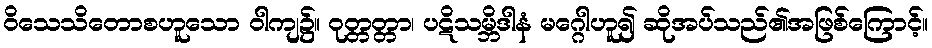
ဝိသေသိတောစဟူသော ဝါကျ၌။ ဝုတ္တတ္တာ၊ ပဋိသမ္ဘိဒါနံ မဂ္ဂေါဟူ၍ ဆိုအပ်သည်၏အဖြစ်ကြောင့်။